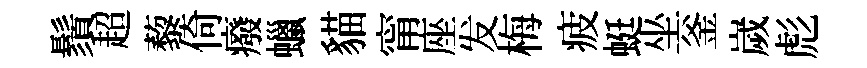
鬚超藜倚癈蠟貓甯座发梅疲蜓坐釜嵗彪